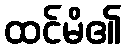
ထင်မိ၏